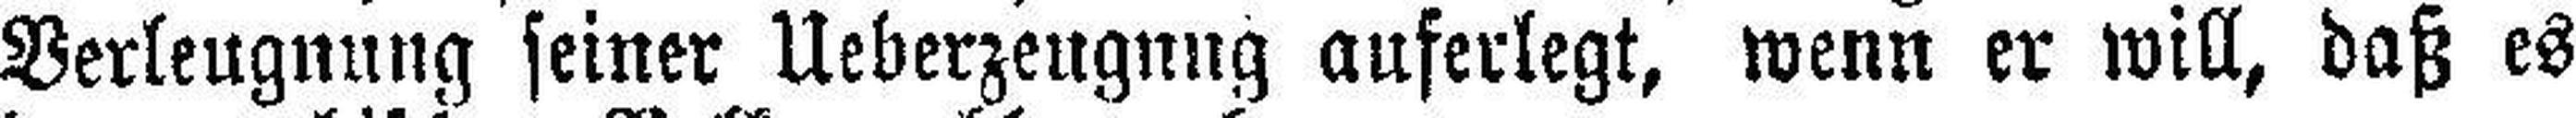
Verleugnung seiner Ueberzeugung auferlegt, wenn er will, daß es